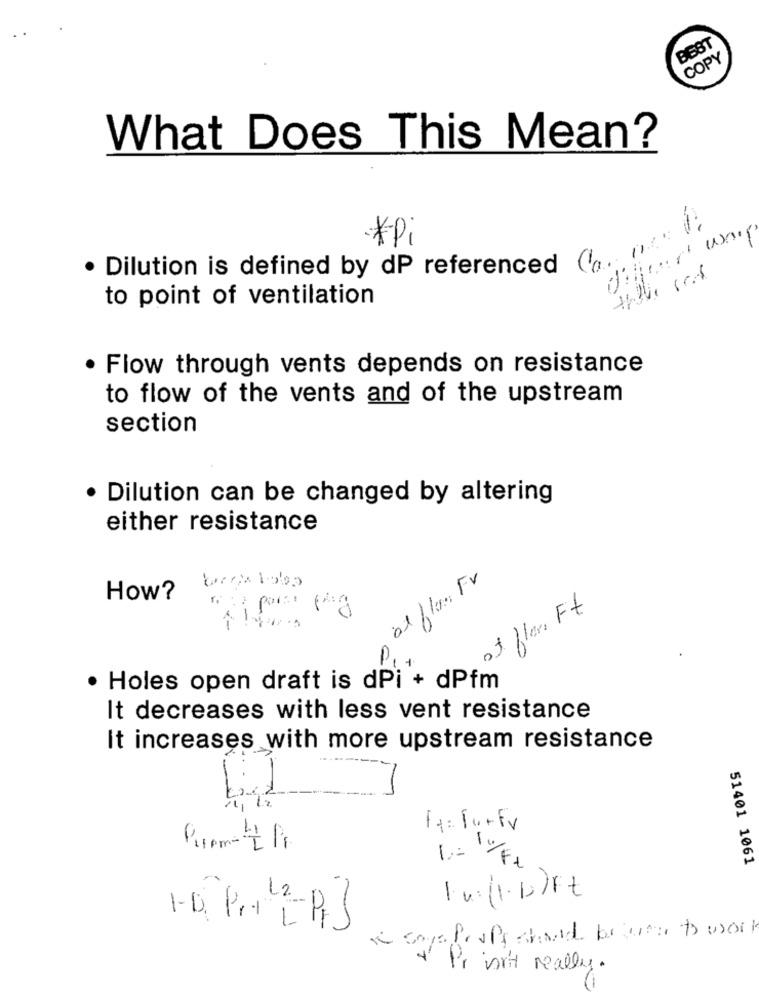
BEST
COPY
What Does This Mean?
*Pi
. Dilution is defined by dp referenced ( pz
to point of ventilation
Flow through vents depends on resistance
to flow of the vents and of the upstream
section
· Dilution can be changed by altering
either resistance
patflere: Fv
How?
of flan Ft
-
· Holes open draft is dPi + dPfm
It decreases with less vent resistance
It increases with more upstream resistance
1
F4: 10+FV
-
-
51401 1061
-
4 Priorit really.